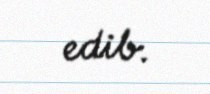
edib.